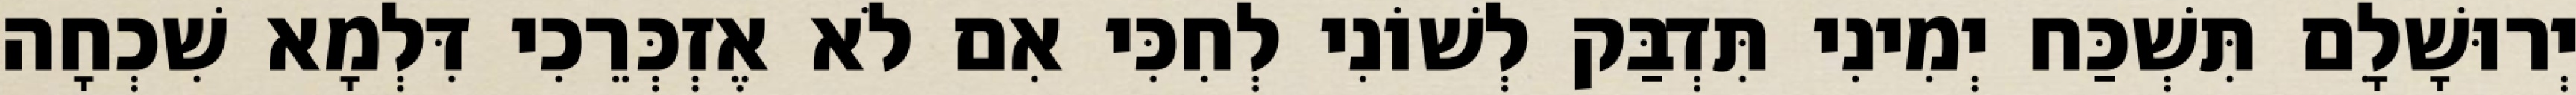
יְרוּשָׁלִָם תִּשְׁכַּח יְמִינִי תִּדְבַּק לְשׁוֹנִי לְחִכִּי אִם לֹא אֶזְכְּרֵכִי דִּלְמָא שִׁכְחָה